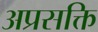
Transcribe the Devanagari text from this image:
अप्रसक्ति